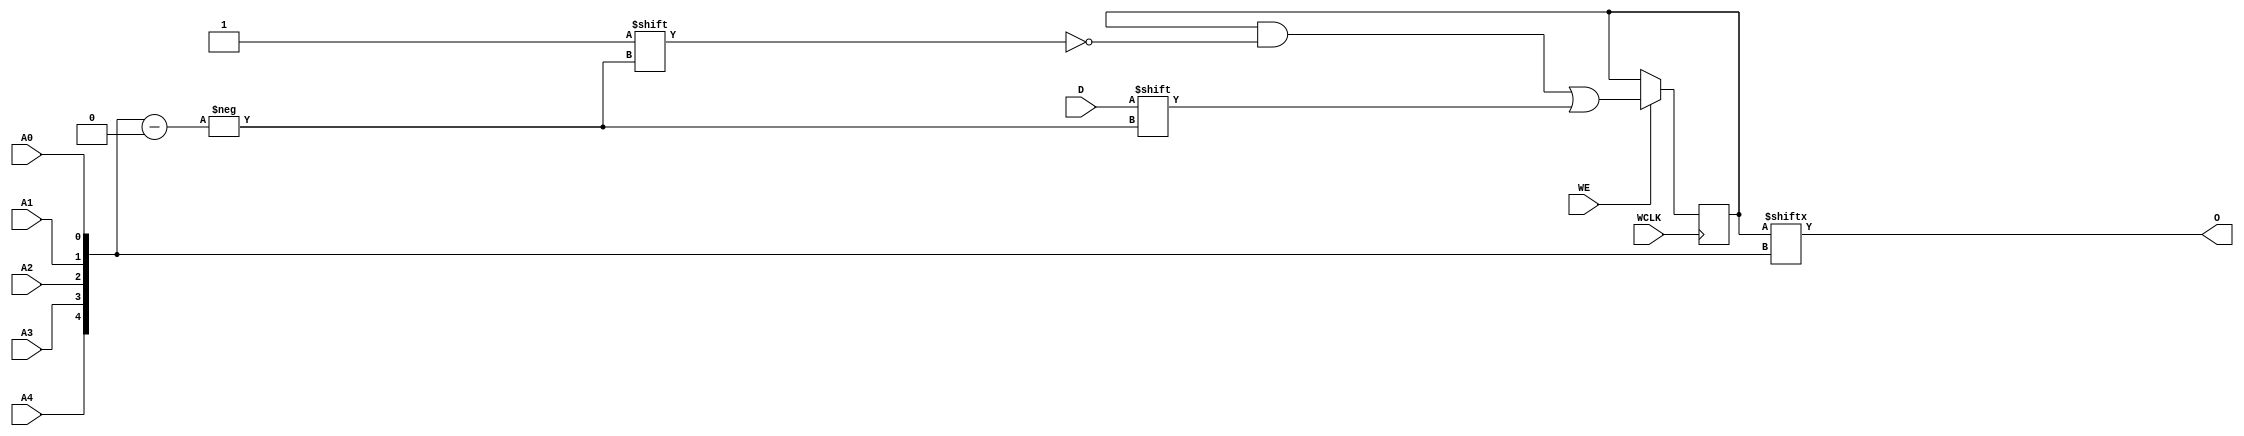
// $Header: /devl/xcs/repo/env/Databases/CAEInterfaces/verunilibs/data/unisims/RAM32X1S_1.v,v 1.8 2005/03/14 22:32:58 yanx Exp $
///////////////////////////////////////////////////////////////////////////////
// Copyright (c) 1995/2004 Xilinx, Inc.
// All Right Reserved.
///////////////////////////////////////////////////////////////////////////////
//   ____  ____
//  /   /\/   /
// /___/  \  /    Vendor : Xilinx
// \   \   \/     Version : 10.1
//  \   \         Description : Xilinx Functional Simulation Library Component
//  /   /                  Static Synchronous RAM 32-Deep by 1-Wide
// /___/   /\     Filename : RAM32X1S_1.v
// \   \  /  \    Timestamp : Thu Mar 25 16:43:34 PST 2004
//  \___\/\___\
//
// Revision:
//    03/23/04 - Initial version.
//    02/04/05 - Rev 0.0.1 Remove input/output bufs; Remove for-loop in initial block;
// End Revision

`timescale  1 ps / 1 ps


module RAM32X1S_1 (O, A0, A1, A2, A3, A4, D, WCLK, WE);

    parameter INIT = 32'h00000000;

    output O;

    input  A0, A1, A2, A3, A4, D, WCLK, WE;

    reg  [31:0] mem;
    wire [4:0] adr;

    assign adr = {A4, A3, A2, A1, A0};
    assign O = mem[adr];

    initial
        mem = INIT;

    always @(negedge WCLK)
        if (WE == 1'b1)
            mem[adr] <= #100 D;

endmodule